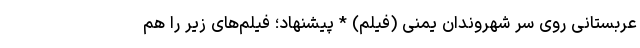
عربستانی روی سر شهروندان یمنی (فیلم) * پیشنهاد؛ فیلم‌های زیر را هم